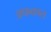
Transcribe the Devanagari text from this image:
अफकाल